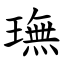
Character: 璑